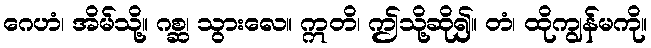
ဂေဟံ၊ အိမ်သို့။ ဂစ္ဆ၊ သွားလေ။ ဣတိ၊ ဤသို့ဆို၍။ တံ၊ ထိုကျွန်မကို။